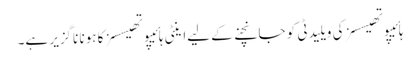
ہائیپوتھیسسز کی ویلیدٹی کو جانچنے کے لیےاینٹی ہائیپوتھیسسز کا ہونا ناگزیر ہے۔